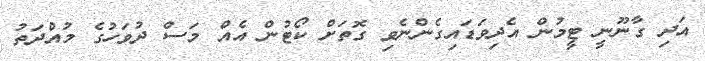
އަދި ގާނޫނީ ޓީމުން އެދިވަޑައިގެންނެވި ގޮތަށް ކޯޓުން އެއް މަސް ދުވަހުގެ މުއްދަތު